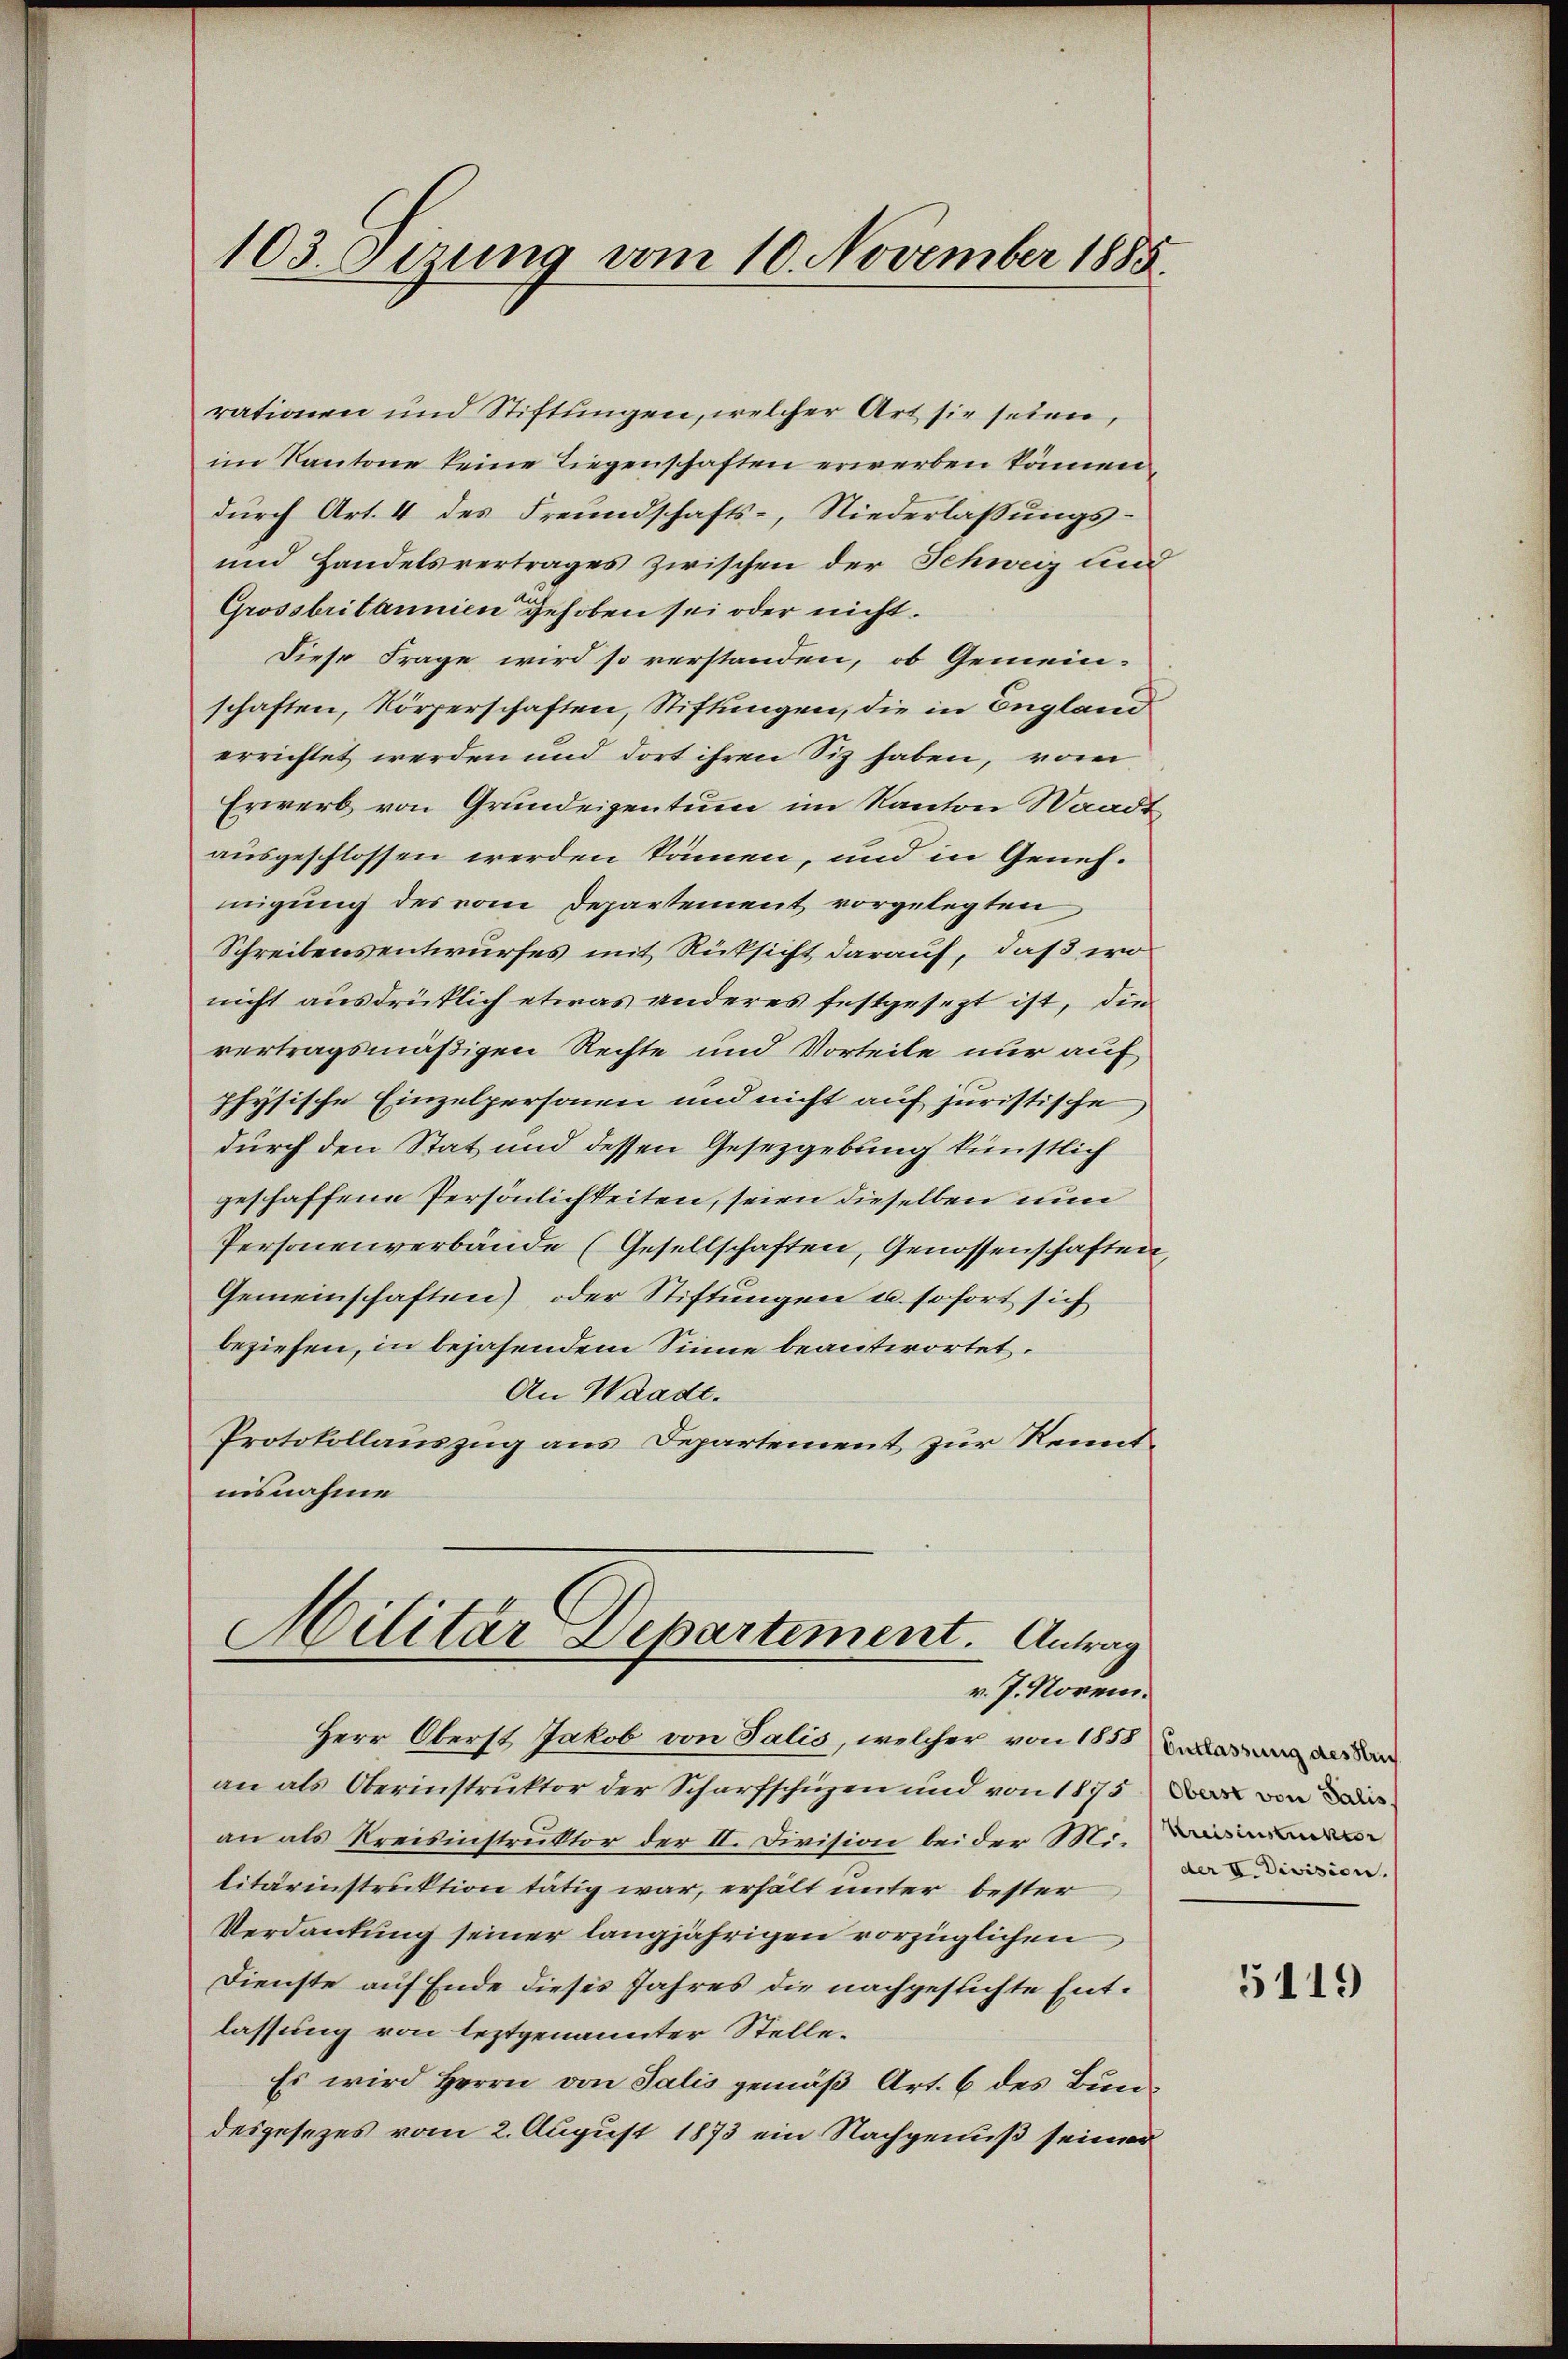
103. Dezung vom 10. November 1885.

rationen und Stiftungen, welcher Art sie seien,
im Kantone keine Liegenschaften erwerben können.
durch Art. 4 des Freundschafts-, Niederlassungs¬
und Handelsvertrages zwischen der Schweiz und
Grossbritannien gehoben sei oder nicht.
Diese Frage wird so verstanden, ob Gemein-
schaften, Körperschaften, Stiftungen, die in England
errichtet werden und dort ihren Siz haben, vom
Erwerb von Grundeigentum im Kanton Waadt
ausgeschlossen werden können, und in Genehmigung des vom Departement vorgelegten
Schreibensentwurfes mit Rücksicht darauf, daß wo
nicht ausdrücklich etwas anderes festgesezt ist, die
vertragsmäßigen Rechte und Vorteile nur auf
physische Einzelpersonen und nicht auf juristische
durch den Stat und dessen Gesetzgebung künstlich
geschaffene Persönlichkeiten, seien dieselben nun
Personenverbände (Gesellschaften, Genossenschaften,
Gemeinschaften) oder Stiftungen u. sofort sich
beziehen, in bejahendem Sinne beantwortet.
An Waadt.
Protokollauszug aus Departement zur Kenntnisnahme

Hilitär Departement. Antrag
v. J. Novem¬

an als Oberinstruktor der Scharfschüzen und von 1875 der von der
an als Kreisinstruktor der II. Division bei der M.
litärinstruktion tätig war, erhält unter bester
Verdankung seiner langjährigen vorzüglichen
Dienste auf Ende dieses Jahres die nachgesuchte Entlassung von leztgenannter Stelle¬
Es wird Herrn von Salis gemäß Art. 6 des Bundesgesezes vom 2. August 1873 ein Nachgenuß seiner

Herr Oberst Jakob von Salis, welcher von 1858 der

der II. Division.

5119